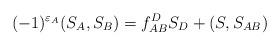
LaTeX: \begin{align*}(-1)^{\varepsilon_A}(S_A,S_B)=f_{AB}^D S_D+(S,S_{AB}) \end{align*}